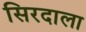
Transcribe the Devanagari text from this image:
सिरदाला